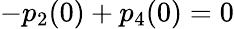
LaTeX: -p_{2}(0)+p_{4}(0)=0